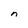
Character: n